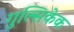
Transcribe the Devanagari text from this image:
गुल्सिकेक